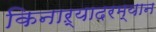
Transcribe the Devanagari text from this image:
किनाऱ्यादरम्यान